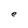
Character: e